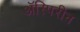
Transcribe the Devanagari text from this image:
ॲस्पिरीन